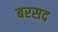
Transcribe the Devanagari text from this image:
बरसद